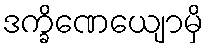
ဒက္ခိဏေယျောမှိ